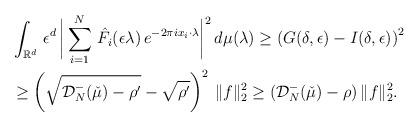
LaTeX: \begin{align*}&\int_{\mathbb{R}^d}\,\epsilon^d\, \bigg|\sum_{i=1}^{N}\,\hat{F_i}(\epsilon\lambda)\,e^{-2\pi i x_i\cdot\lambda}\bigg|^2\,d\mu(\lambda)\geq \left(G(\delta,\epsilon)-I(\delta,\epsilon)\right)^2\\&\ge\left(\sqrt{\mathcal{D}^{-}_N(\check{\mu})-\rho'}-\sqrt{\rho'}\right)^2\,\|f\|_2^2\geq (\mathcal{D}^{-}_N(\check{\mu})-\rho)\,\|f\|_2^2.\end{align*}